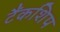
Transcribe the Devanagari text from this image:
टैंकशिप